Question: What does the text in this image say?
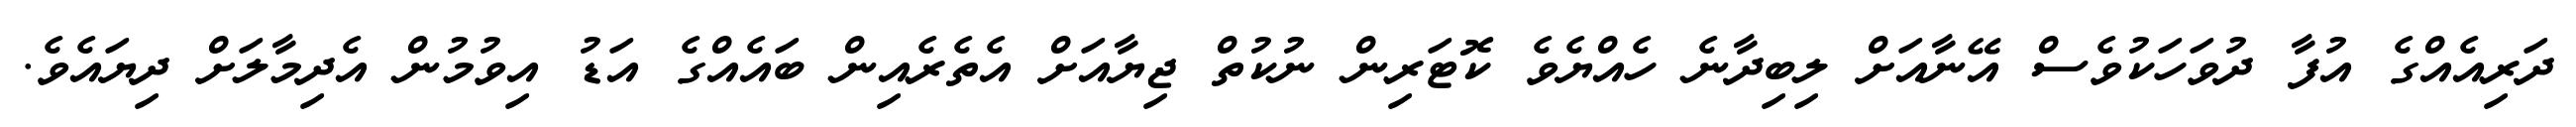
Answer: ދަރިއެއްގެ އުފާ ދުވަހަކުވެސް އޭނާއަށް ލިބިދާނެ ހެއްޔެވެ ކޮޓަރިން ނުކުތް ޖިޔާއަށް އެތެރެއިން ބައެއްގެ އަޑު އިވުމުން އެދިމާލަށް ދިޔައެވެ.